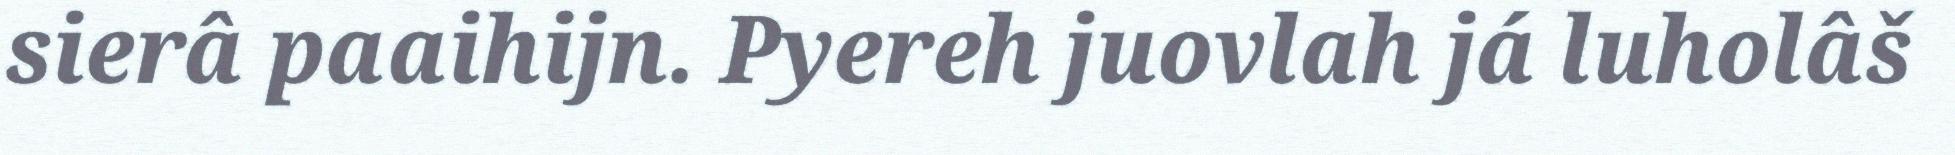
sierâ paaihijn. Pyereh juovlah já luholâš